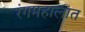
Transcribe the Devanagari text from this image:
रंगमहालात